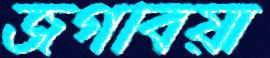
জগবিয়া